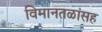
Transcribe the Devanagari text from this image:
विमानतळांसह